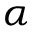
\alpha